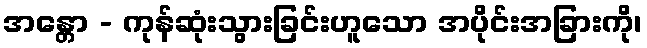
အန္တော - ကုန်ဆုံးသွားခြင်းဟူသော အပိုင်းအခြားကို၊